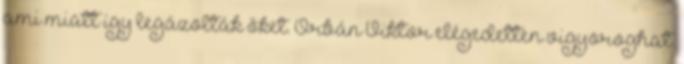
ami miatt így legázolták őket. Orbán Viktor elégedetten vigyoroghat.